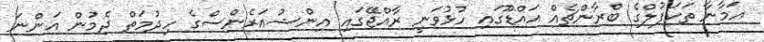
އަމާނާ ތަކަފުލްގެ ބްރާންޗެއް އައްޑޫގައި ހުޅުވަނީ ރާއްޖޭގައި އިންޝުއަރެންސްގެ ހިދުމަތް ދެމުން އަންނަ